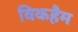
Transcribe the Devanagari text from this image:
विकहैम